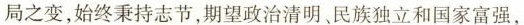
局之变，始终秉持志节，期望政治清明民族独立和国家富强，